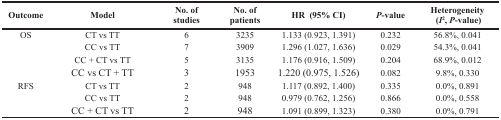
<table><thead><tr><td><b>Outcome</b></td><td><b>Model</b></td><td><b>No. of studies</b></td><td><b>No. of patients</b></td><td><b>HR (95% CI)</b></td><td><b><i>P</i>-value</b></td><td><b>Heterogeneity (<i>I</i><sup>2</sup>, <i>P</i>-value)</b></td></tr></thead><tbody><tr><td>OS</td><td>CT vs TT</td><td>6</td><td>3235</td><td>1.133 (0.923, 1.391)</td><td>0.232</td><td>56.8%, 0.041</td></tr><tr><td></td><td>CC vs TT</td><td>7</td><td>3909</td><td>1.296 (1.027, 1.636)</td><td>0.029</td><td>54.3%, 0.041</td></tr><tr><td></td><td>CC + CT vs TT</td><td>5</td><td>3135</td><td>1.176 (0.916, 1.509)</td><td>0.204</td><td>68.9%, 0.012</td></tr><tr><td></td><td>CC vs CT + TT</td><td>3</td><td>1953</td><td>1.220 (0.975, 1.526)</td><td>0.082</td><td>9.8%, 0.330</td></tr><tr><td>RFS</td><td>CT vs TT</td><td>2</td><td>948</td><td>1.117 (0.892, 1.400)</td><td>0.335</td><td>0.0%, 0.891</td></tr><tr><td></td><td>CC vs TT</td><td>2</td><td>948</td><td>0.979 (0.762, 1.256)</td><td>0.866</td><td>0.0%, 0.558</td></tr><tr><td></td><td>CC + CT vs TT</td><td>2</td><td>948</td><td>1.091 (0.899, 1.323)</td><td>0.380</td><td>0.0%, 0.791</td></tr></tbody></table>